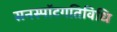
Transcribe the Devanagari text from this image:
सनस्पॉटगतिविधि